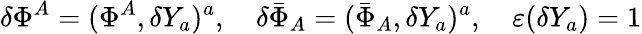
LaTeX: \delta\Phi^{A}=(\Phi^{A},\delta Y_{a})^{a},\quad\delta\bar{\Phi}_{A}=(\bar{\Phi}_{A},\delta Y_{a})^{a},\quad\varepsilon(\delta Y_{a})=1